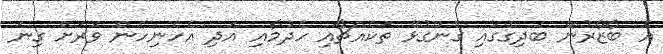
އެ ބާޒާރުން ބަދިގޭގައި ގެންގުޅޭ ތަކެއްޗާއި ހެދުމާއި އަދި އެހެނިހެން ވަރަށް ގިނަ